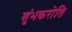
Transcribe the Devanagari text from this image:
शुंभकरोति